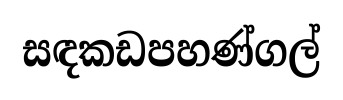
සඳකඩපහණ්ගල්